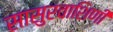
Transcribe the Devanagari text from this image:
सासुरवाशिणी